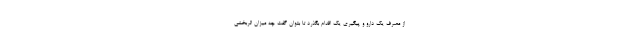
از مصرف یک دارو و پیگیری یک اقدام بگذرد تا بتوان گفت چه میزان اثربخشی